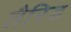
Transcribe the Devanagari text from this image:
तैरिड